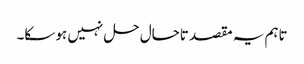
تاہم یہ مقصد تاحال حل نہیں ہو سکا۔